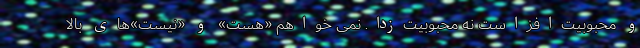
و محبوبیت‌افزاست نه محبوبیت‌زدا. نمی خواهم «هست» و «نیست»‌های بالا